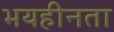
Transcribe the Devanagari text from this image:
भयहीनता